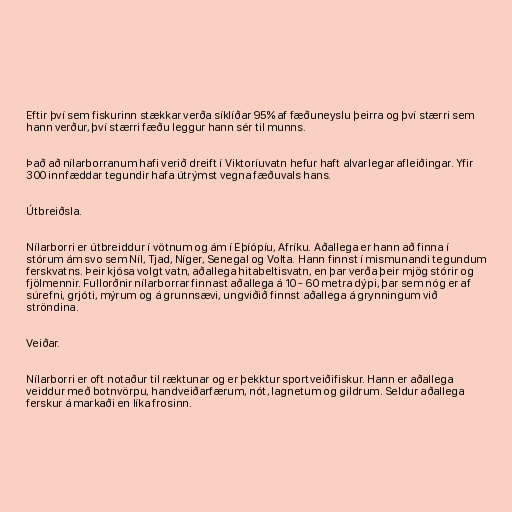
Eftir því sem fiskurinn stækkar verða síklíðar 95% af fæðuneyslu þeirra og því stærri sem
hann verður, því stærri fæðu leggur hann sér til munns.

Það að nílarborranum hafi verið dreift í Viktoríuvatn hefur haft alvarlegar afleiðingar. Yfir
300 innfæddar tegundir hafa útrýmst vegna fæðuvals hans.

Útbreiðsla.

Nílarborri er útbreiddur í vötnum og ám í Eþíópíu, Afríku. Aðallega er hann að finna í
stórum ám svo sem Níl, Tjad, Níger, Senegal og Volta. Hann finnst í mismunandi tegundum
ferskvatns. Þeir kjósa volgt vatn, aðallega hitabeltisvatn, en þar verða þeir mjög stórir og
fjölmennir. Fullorðnir nílarborrar finnast aðallega á 10 - 60 metra dýpi, þar sem nóg er af
súrefni, grjóti, mýrum og á grunnsævi, ungviðið finnst aðallega á grynningum við
ströndina.

Veiðar.

Nílarborri er oft notaður til ræktunar og er þekktur sportveiðifiskur. Hann er aðallega
veiddur með botnvörpu, handveiðarfærum, nót, lagnetum og gildrum. Seldur aðallega
ferskur á markaði en líka frosinn.